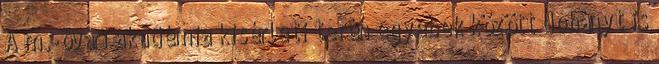
A m.-óvári akadémia kisérleti terén egyebek között dohányt is